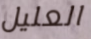
العليل